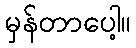
မှန်တာပေါ့။